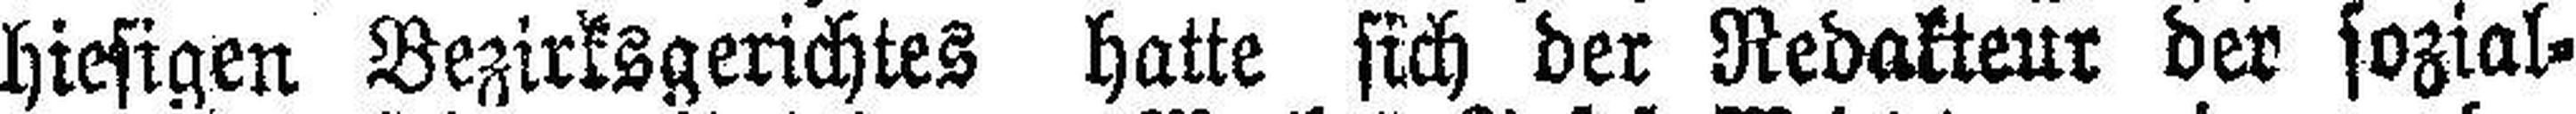
hiesigen Bezirksgerichtes hatte sich der Redakteur der sozial¬